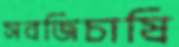
সবজিচাষি